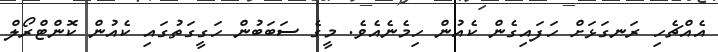
އެއްޗެހި ރަނގަޅަށް ހަފައިގެން ކެއުން ހިމެނެއެވެ. މީގެ ސަބަބުން ހަގީގަތުގައި ކެއުން ކޮންޓްރޯލް